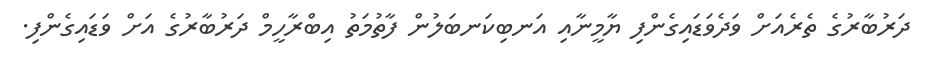
ދަރުބާރުގެ ތެރެއަށް ވަދެވަޑައިގެންފި ޔާމީނާއި އަނބިކަނބަލުން ފާތުމަތު އިބްރާހީމް ދަރުބާރުގެ އަށް ވަޑައިގެންފި.